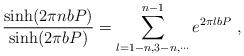
LaTeX: \begin{align*}\frac{\sinh (2 \pi n b P)}{\sinh (2 \pi b P)} = \sum_{l=1-n,3-n,\cdots}^{n-1} e^{2 \pi l b P} ~,\end{align*}